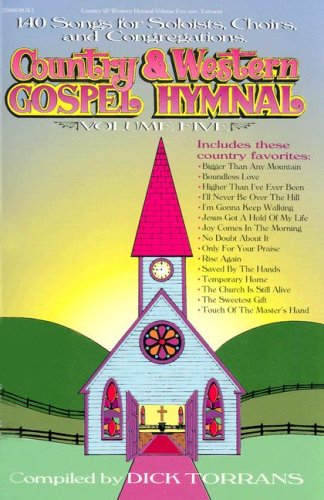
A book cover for Country & Western Gospel Hymnal, Volume 5; Dick Torrans; Christian Books & Bibles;